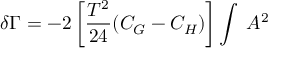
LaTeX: \delta \Gamma = - 2 \left[ \frac { T ^ { 2 } } { 2 4 } ( C _ { G } - C _ { H } ) \right] \int \; { \cal A } ^ { 2 }